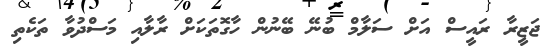
ޖަޒީރާ ރައީސް އަށް ސަލާމް ބުނޭ ބޭނުން ހާގޮތަކަށް ރާލާއި މަސްދުވާ ތަކެތި